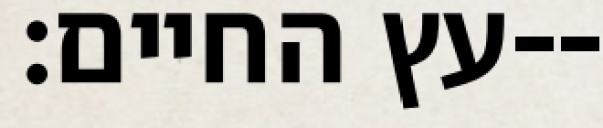
עץ החיים׃--